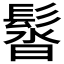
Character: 𩭣